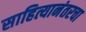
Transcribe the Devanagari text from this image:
साहित्यानंतरचा